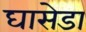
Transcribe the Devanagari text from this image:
घासेडा